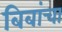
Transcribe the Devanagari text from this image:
बिबांचा